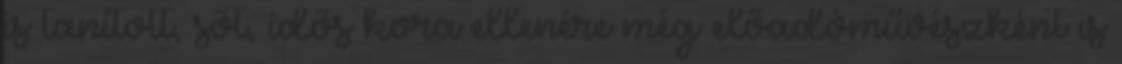
is tanított, sőt, idős kora ellenére még előadóművészként is